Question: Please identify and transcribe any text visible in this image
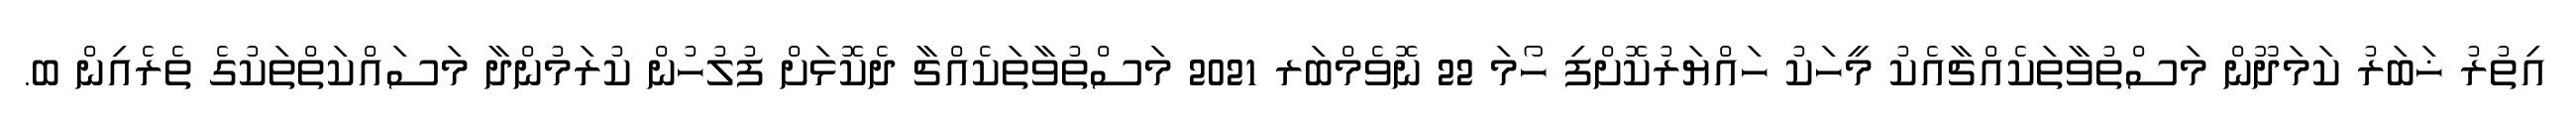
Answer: އިތުރު ޚަބަރު ކަމަދޫން މަސްތުވާތަކެއްޗާއެކު މީހަކު ހައްޔަރުކޮށްފި ހޯމަ 22 ނޮވެމްބަރ 2021 މަސްތުވާތަކެއްޗާ ދެކޮޅަށް ފުލުހުން ކުރަމުންދާ މަސައްކަތްތަކުގެ ތެރެއިން ބ.